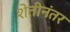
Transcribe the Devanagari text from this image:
शेतीनंतर